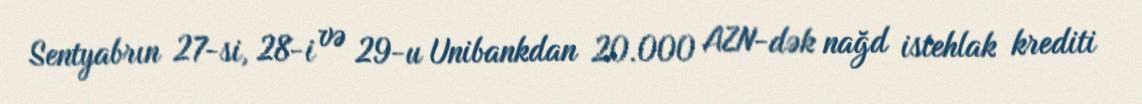
Sentyabrın 27-si, 28-i və 29-u Unibankdan 20.000 AZN-dək nağd istehlak krediti